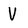
Character: V